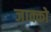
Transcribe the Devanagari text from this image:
जाक्को